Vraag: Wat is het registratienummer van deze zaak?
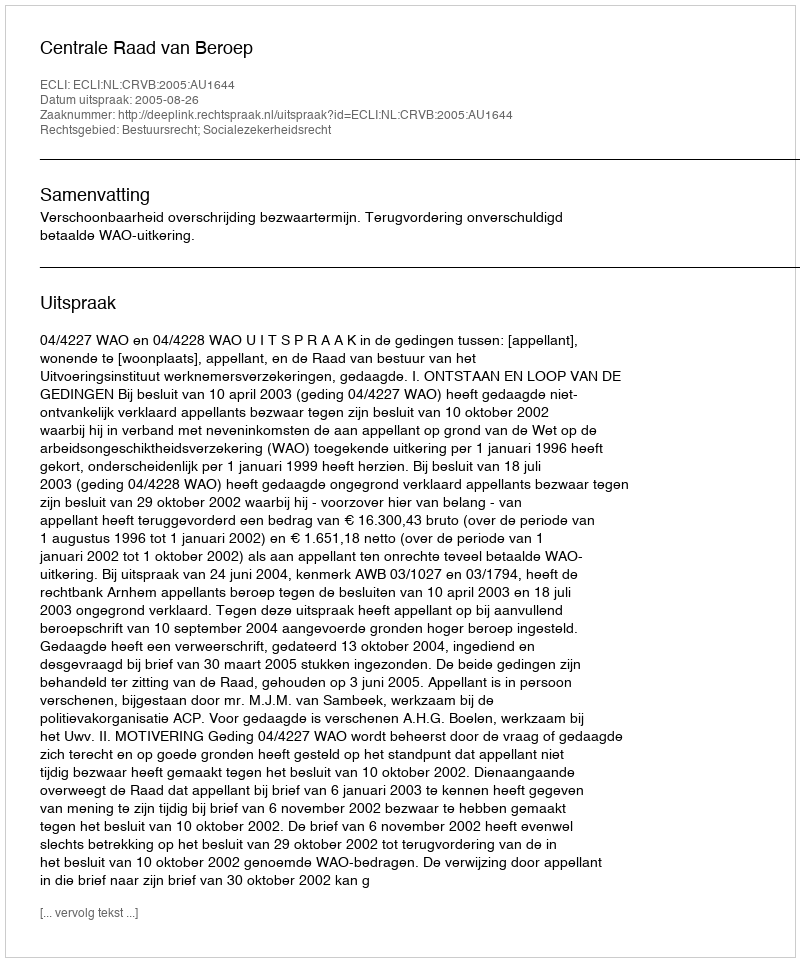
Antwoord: http://deeplink.rechtspraak.nl/uitspraak?id=ECLI:NL:CRVB:2005:AU1644